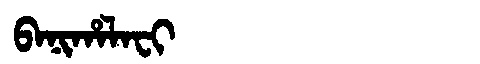
Manchu: ᠪᠠᠨᡳᡥᠠᠯᠠᠸᡳ
Romanization: BANIHALAFI